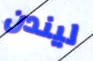
ليندن